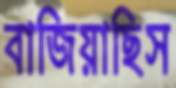
বাজিয়াছিস